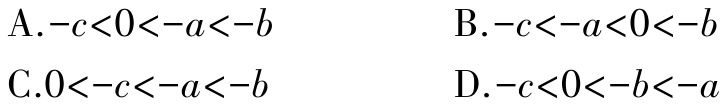
A.$-c<0<-a<-b$
B.$-c<-a<0<-b$
C.$0<-c<-a<-b$
D.$-c<0<-b<-a$